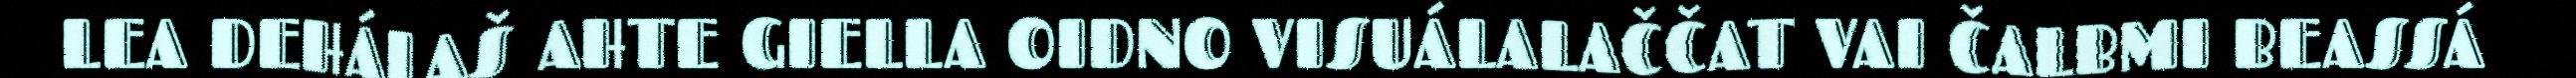
LEA DEHÁLAŠ AHTE GIELLA OIDNO VISUÁLALAČČAT VAI ČALBMI BEASSÁ